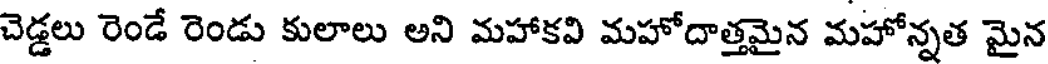
చెడ్డలు రెండే రెండు కులాలు అని మహాకవి మహోదాత్తమైన మహోన్నత మైన